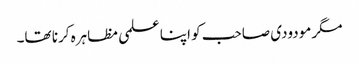
مگر مودودی صاحب کو اپنا علمی مظاہرہ کرنا تھا۔